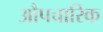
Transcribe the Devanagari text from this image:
अाैपचारिक